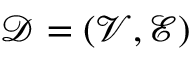
\mathcal { D } = ( \mathcal { V } , \mathcal { E } )